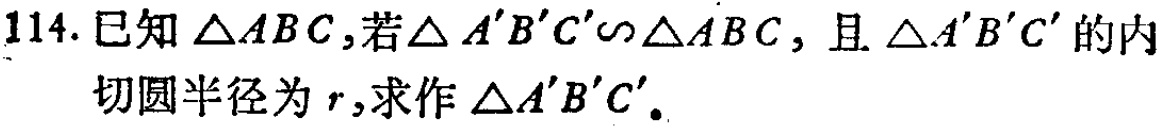
114. 已知$\triangle ABC$，若$\triangle A'B'C'\backsim\triangle ABC$，且$\triangle A'B'C'$的内

切圆半径为$r$，求作$\triangle A'B'C'$。